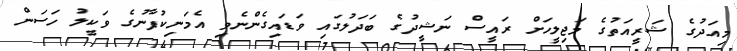
މިއަދުގެ ޝަރީއަތުގެ މަޖިލީހަށް ރައީސް ނަޝީދުގެ ބަދަލުގައި ވަޑައިގެންނެވި އެމަނިކުފާނުގެ ވަކީލު ހަސަން